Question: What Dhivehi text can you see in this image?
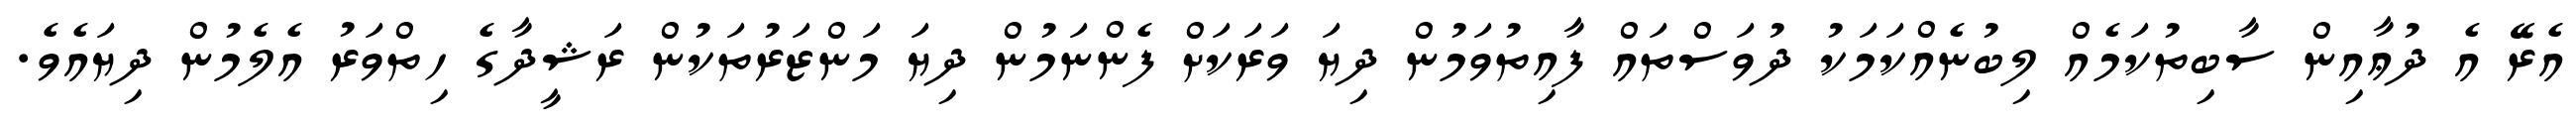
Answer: އެރޭ އެ ދުޢާއިން ސާބިތުކަމެއް ލިބުނެއްކަމަކު ދުވަސްތައް ފާއިތުވަމުން ދިޔަ ވަރަކަށް ފެންނަމުން ދިޔަ މަންޒަރުތަކުން ރަޝީދާގެ ހިތްވަރު އެލެމުން ދިޔައެވެ.